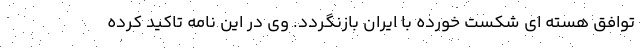
توافق هسته ای شکست خورده با ایران بازنگردد. وی در این نامه تاکید کرده